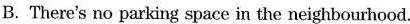
B. There's no parking space in the neighbourhood.